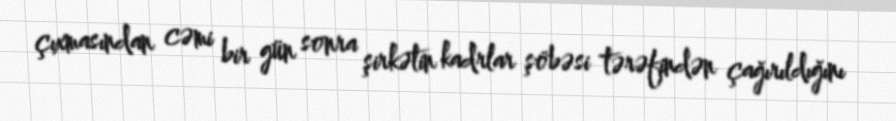
çıxmasından cəmi bir gün sonra şirkətin kadrlar şöbəsi tərəfindən çağırıldığını